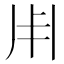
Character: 𠂦